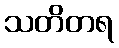
သတိတရ